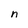
Character: n